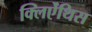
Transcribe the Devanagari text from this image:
क्लिऐंथिस